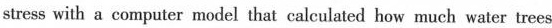
stress with a computer model that calculated how much water trees